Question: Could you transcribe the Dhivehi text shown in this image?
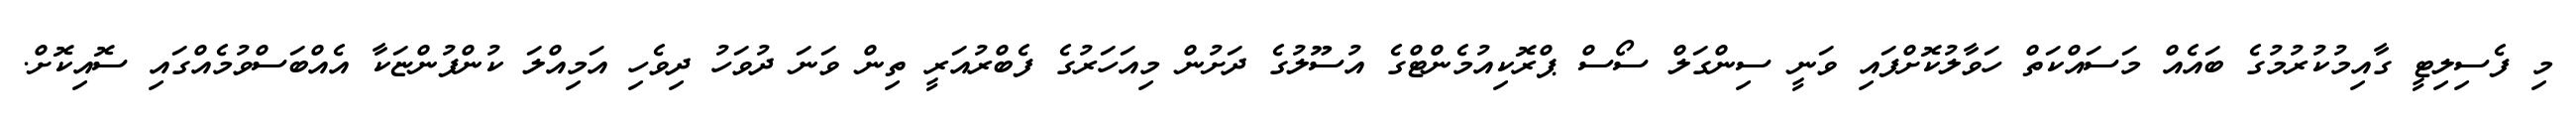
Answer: މި ފެސިލިޓީ ގާއިމުކުރުމުގެ ބައެއް މަސައްކަތް ހަވާލުކޮށްފައި ވަނީ ސިންގަލް ސޯސް ޕްރޮކިއުމެންޓްގެ އުސޫލުގެ ދަށުން މިއަހަރުގެ ފެބްރުއަރީ ތިން ވަނަ ދުވަހު ދިވެހި އަމިއްލަ ކުންފުންޏަކާ އެއްބަސްވުމެއްގައި ސޮއިކޮށް.